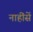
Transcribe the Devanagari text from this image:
नाहींसें